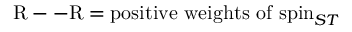
\mathrm { R - - R } = \mathrm { p o s i t i v e ~ w e i g h t s ~ o f ~ } \mathrm { s p i n } _ { S T }